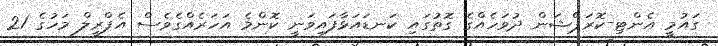
ގައުމީ އެންޓި-ކޮރަޕްޝަން ދުވަހެއްގެ ގޮތުގައި ކަނޑައަޅާފައިވަނީ ކޮންމެ އަހަރެއްގެވެސް އެޕްރީލް މަހުގެ 21